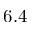
6 . 4